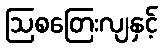
ဩစတြေးလျနှင့်